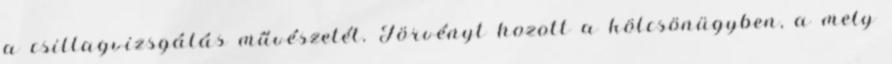
a csillagvizsgálás művészetét. Törvényt hozott a kölcsönügyben, a mely